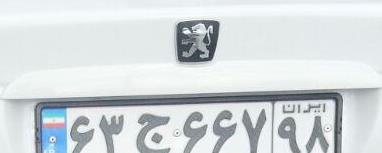
۶۳ج۶۶۷۹۸